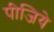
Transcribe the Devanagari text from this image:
पीजिये